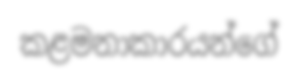
කළමනාකාරයන්ගේ